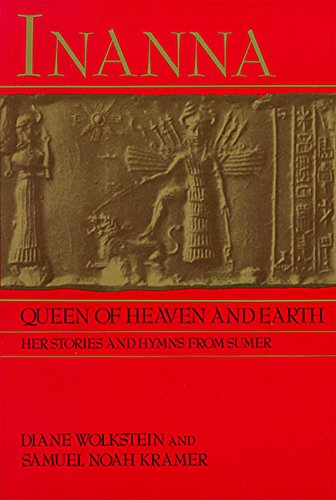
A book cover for Inanna, Queen of Heaven and Earth: Her Stories and Hymns from Sumer; Diane Wolkstein; History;